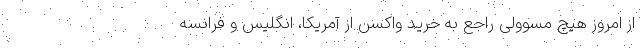
از امروز هیچ مسوولی راجع به خرید واکسن از آمریکا، انگلیس و فرانسه